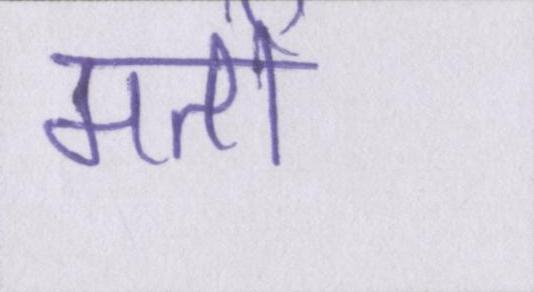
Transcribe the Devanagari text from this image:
मतों